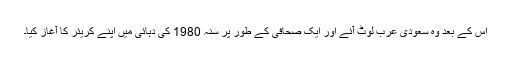
اس کے بعد وہ سعودی عرب لوٹ آئے اور ایک صحافی کے طور پر سنہ 1980 کی دہائی میں اپنے کریئر کا آغاز کیا۔